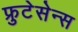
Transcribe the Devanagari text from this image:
फ्रुटेसेन्स